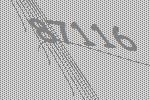
87116